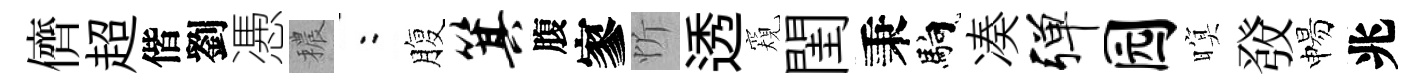
儕超偕劉慿穠欸腹箕腹寥忻透窺閨秉馿凑弹园暝𤼲惕兆